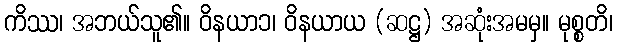
ကိဿ၊ အဘယ်သူ၏။ ဝိနယာ၁၊ ဝိနယာယ (ဆဋ္ဌ) အဆုံးအမမှ။ မုစ္စတိ၊